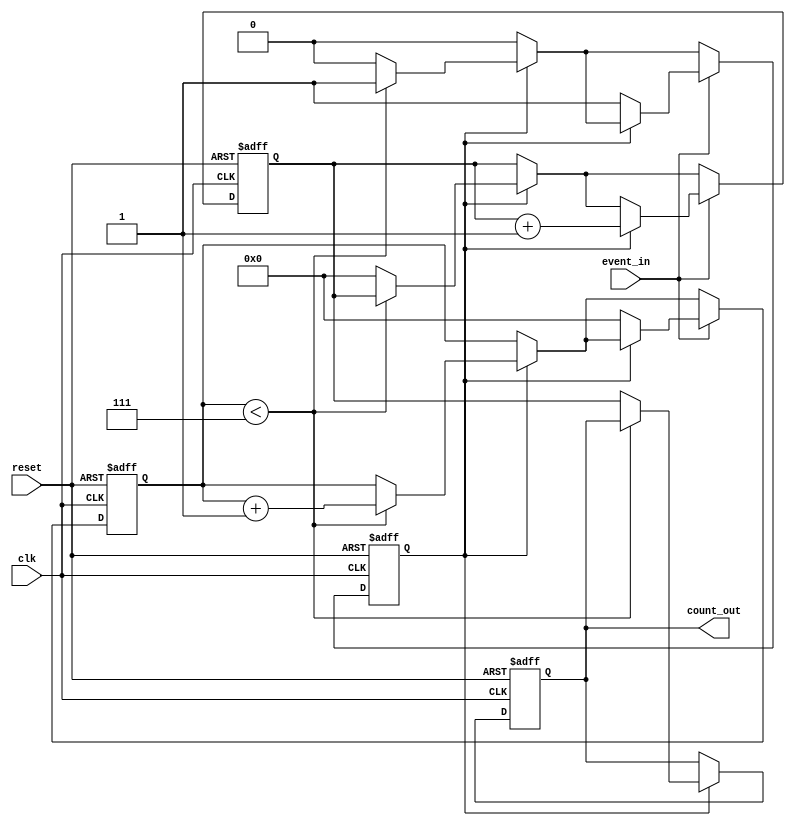
module windowed_counter #(
    parameter WINDOW_SIZE = 8 // Configurable window size
)(
    input wire clk,             // Clock signal
    input wire reset,           // Asynchronous reset signal
    input wire event_in,        // Event signal to be counted
    output reg [31:0] count_out // Output count
);

    // Internal signals
    reg [31:0] counter;         // Main event counter
    reg [31:0] window_timer;    // Timer to track the window period
    reg window_active;          // Flag to indicate if the window is active

    // Asynchronous reset and counting logic
    always @(posedge clk or posedge reset) begin
        if (reset) begin
            // Reset all registers and outputs
            counter <= 32'b0;
            window_timer <= 32'b0;
            count_out <= 32'b0;
            window_active <= 1'b0;
        end else begin
            // Window timer logic
            if (window_active) begin
                if (window_timer < WINDOW_SIZE - 1) begin
                    window_timer <= window_timer + 1;
                end else begin
                    // Window period is complete
                    window_active <= 1'b0;
                    count_out <= counter; // Latch the count to output
                    counter <= 32'b0;      // Reset counter for next window
                end
            end
            
            // Counting logic
            if (event_in) begin
                if (!window_active) begin
                    // Start a new window
                    window_active <= 1'b1;
                    window_timer <= 32'b0; // Reset window timer
                end
                // Increment the counter if window is active
                if (window_active) begin
                    counter <= counter + 1;
                end
            end
        end
    end

endmodule